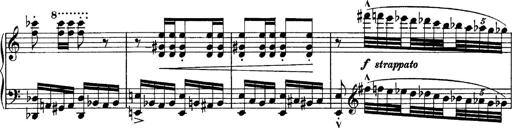
Title: Sonatina No.6
Composer: Ferruccio Busoni